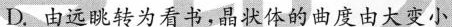
D. 由远眺转为看书，晶状体的曲度由大变小